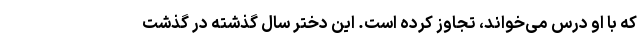
که با او درس می‌خواند، تجاوز کرده است. این دختر سال گذشته در گذشت